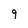
Character: 9